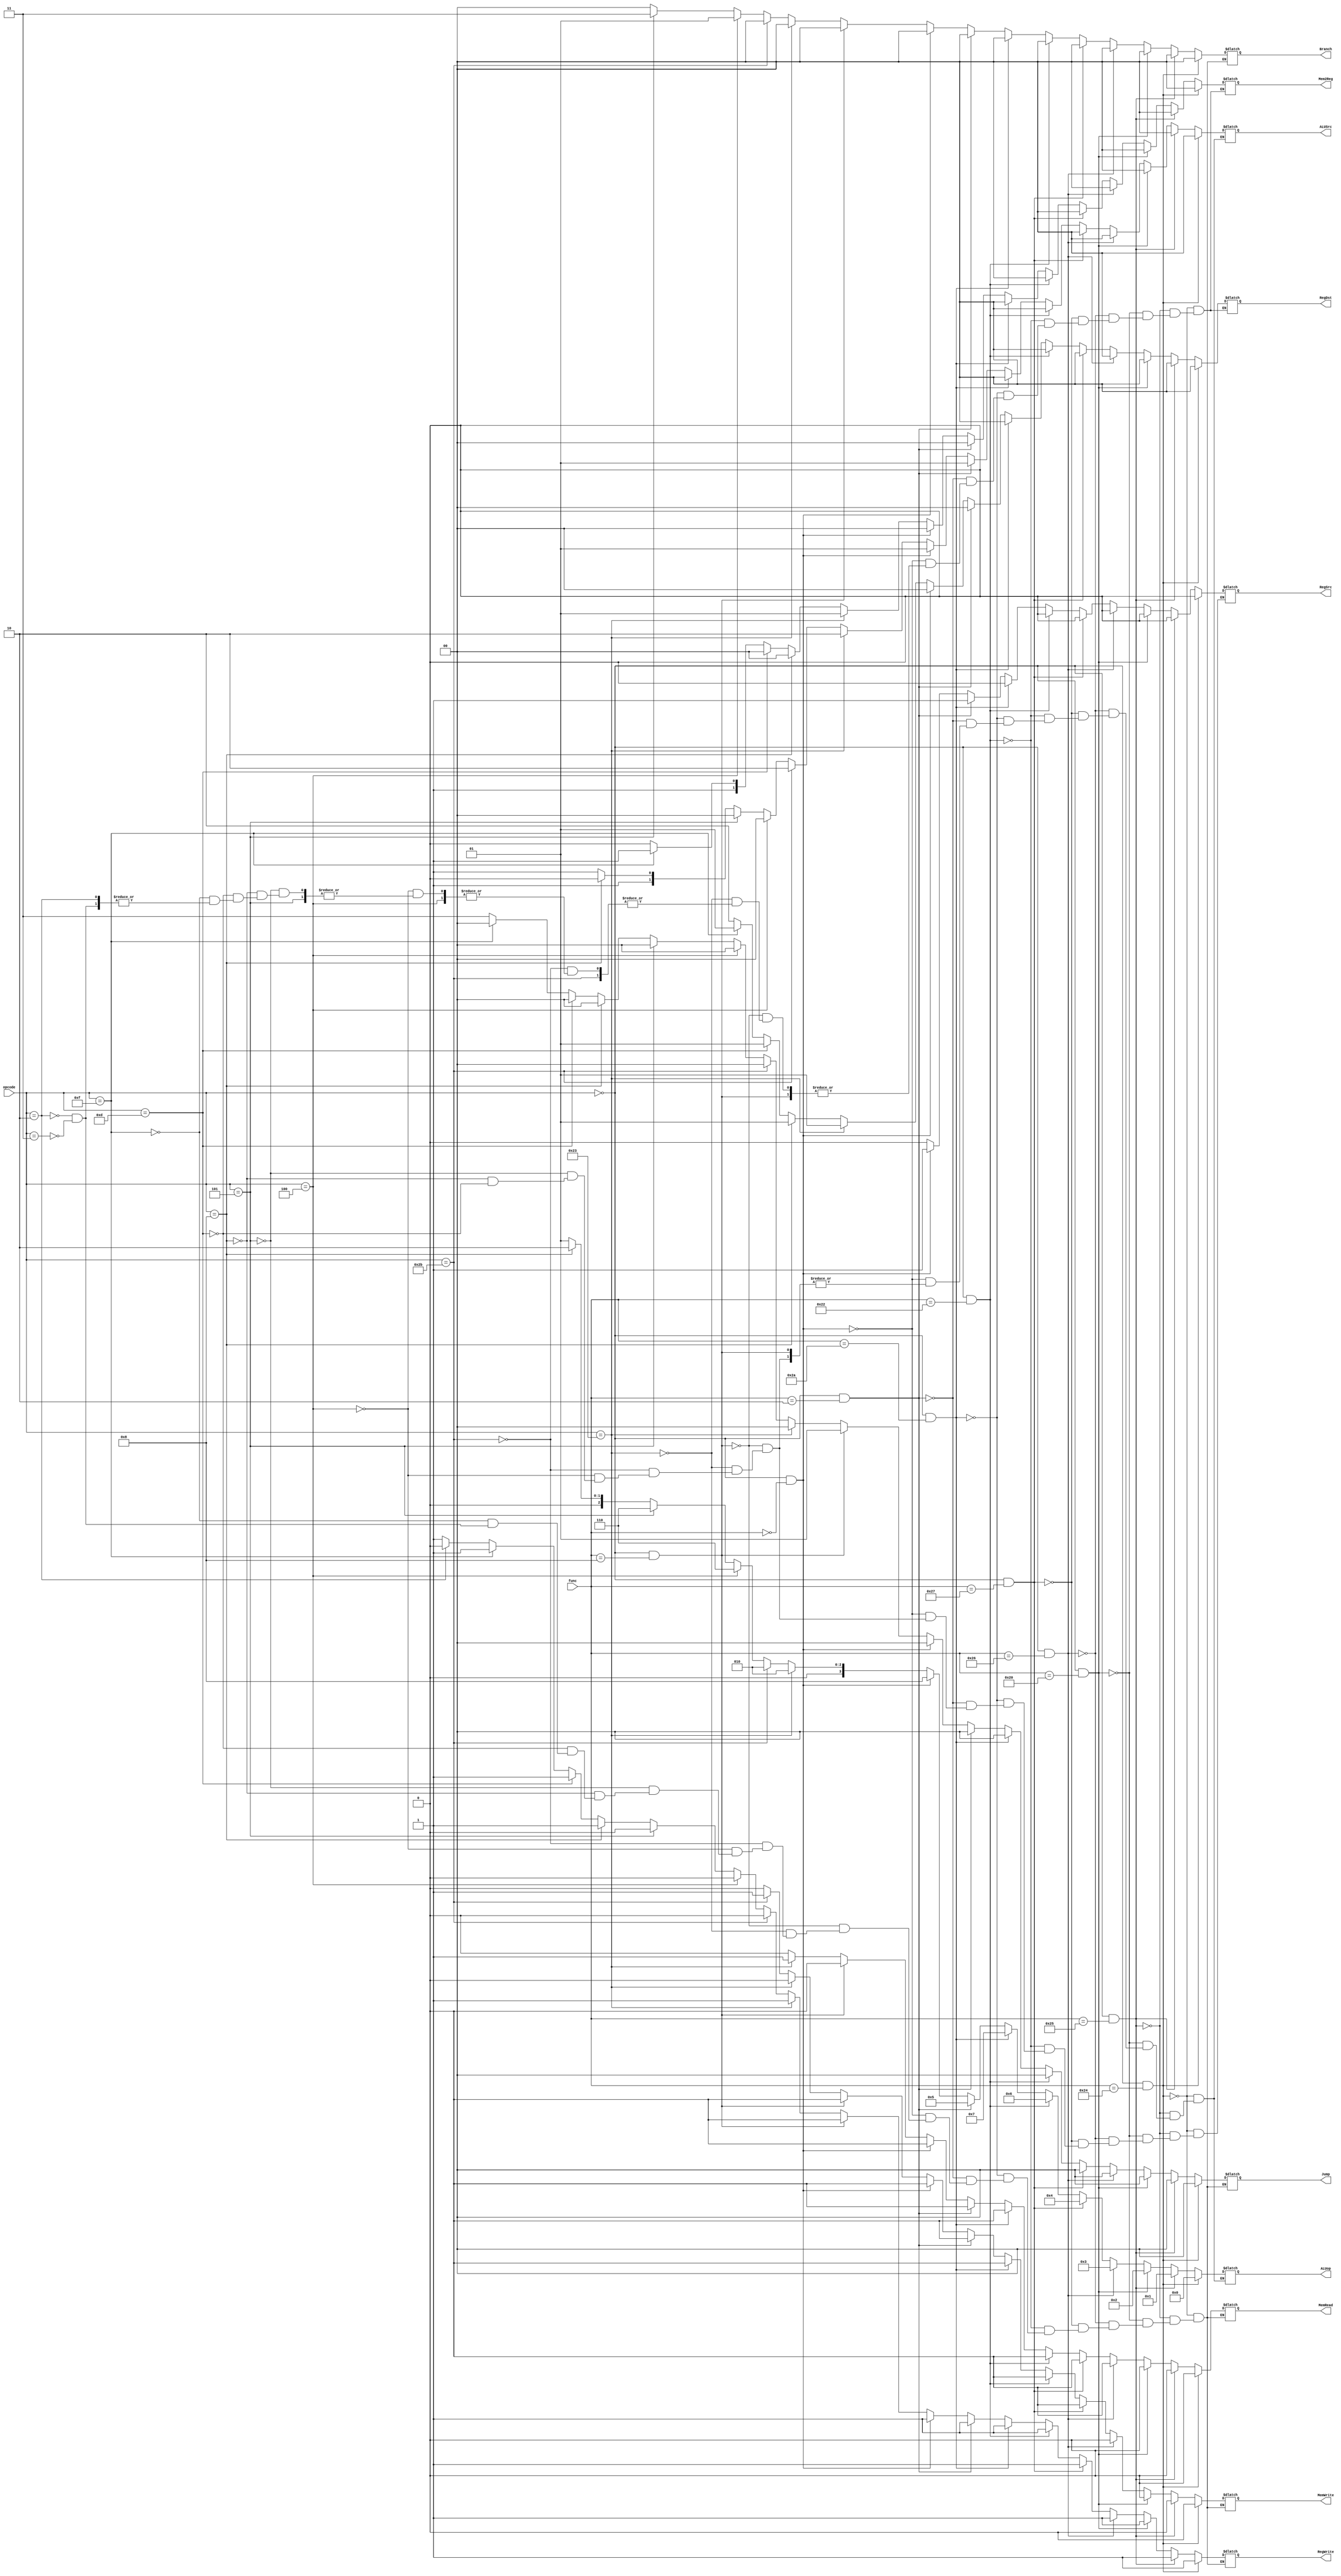
`timescale 1ns / 1ps
//////////////////////////////////////////////////////////////////////////////////
// Company: 
// Engineer: 
// 
// Design Name: 
// Module Name:    Control 
// Project Name: 
// Target Devices: 
// Tool versions: 
// Description: 
//
// Dependencies: 
//
// Revision: 
// Revision 0.01 - File Created
// Additional Comments: 
//
//////////////////////////////////////////////////////////////////////////////////
module Controller( input [5:0]opcode,
					 input [5:0]func,
					 output reg [1:0]RegDst,
					 output reg [1:0]Jump,
					 output reg [1:0]Branch,
					 output reg RegSrc,
					 output reg MemRead,
					 output reg [1:0]Mem2Reg,
					 output reg MemWrite,
					 output reg [1:0]ALUSrc,
					 output reg RegWrite,
					 output reg [3:0]ALUop
    );
	 
	 always@(*)
		if(opcode==6'b000000&&func==6'b100100)//and
		begin
			ALUop<=4'b0000; RegSrc<=1'b0; RegDst<=2'b00; Jump<=2'b00; Branch<=2'b00; 
			MemRead<=1'b0; Mem2Reg<=2'b00; MemWrite<= 1'b0; ALUSrc<=2'b00; RegWrite<=1'b1;
		end
		else if(opcode==6'b000000&&func==6'b100101)//or
		begin
			ALUop<=4'b0001; RegSrc<=1'b0; RegDst<=2'b00; Jump<=2'b00; Branch<=2'b00;
			MemRead<=1'b0; Mem2Reg<=2'b00; MemWrite<= 1'b0; ALUSrc<=2'b00; RegWrite<=1'b1;
		end
		else if(opcode==6'b000000&&func==6'b100000)//add
		begin
			ALUop<=4'b0010; RegSrc<=1'b0; RegDst<=2'b00; Jump<=2'b00; Branch<=2'b00; 
			MemRead<=1'b0; Mem2Reg<=2'b00; MemWrite<= 1'b0; ALUSrc<=2'b00; RegWrite<=1'b1;
		end
		else if(opcode==6'b000000&&func==6'b100110)//xor
		begin
			ALUop<=4'b0011; RegSrc<=1'b0; RegDst<=2'b00; Jump<=2'b00; Branch<=2'b00; 
			MemRead<=1'b0; Mem2Reg<=2'b00; MemWrite<= 1'b0; ALUSrc<=2'b00; RegWrite<=1'b1;
		end
		else if(opcode==6'b000000&&func==6'b100111)//nor
		begin
			ALUop<=4'b0100; RegSrc<=1'b0; RegDst<=2'b00; Jump<=2'b00; Branch<=2'b00; 
			MemRead<=1'b0; Mem2Reg<=2'b00; MemWrite<= 1'b0; ALUSrc<=2'b00; RegWrite<=1'b1;
		end
		else if(opcode==6'b000000&&func==6'b100010)//sub
		begin
			ALUop<=4'b0110; RegSrc<=1'b0; RegDst<=2'b00; Jump<=2'b00; Branch<=2'b00; 
			MemRead<=1'b0; Mem2Reg<=2'b00; MemWrite<= 1'b0; ALUSrc<=2'b00; RegWrite<=1'b1;
		end
		else if(opcode==6'b000000&&func==6'b101010)//slt
		begin
			ALUop<=4'b0111; RegSrc<=1'b0; RegDst<=2'b00; Jump<=2'b00; Branch<=2'b00; 
			MemRead<=1'b0; Mem2Reg<=2'b00; MemWrite<= 1'b0; ALUSrc<=2'b00; RegWrite<=1'b1;
		end
		else if(opcode==6'b000000&&func==6'b000010)//srl
		begin
			ALUop<=4'b0101; RegSrc<=1'b1; RegDst<=2'b00; Jump<=2'b00; Branch<=2'b00; 
			MemRead<=1'b0; Mem2Reg<=2'b00; MemWrite<=1'b0; ALUSrc<=2'b01; RegWrite<=1'b1;
		end
		else if(opcode==6'b000000&&func==6'b000000)//sll
		begin
			ALUop<=4'b1000; RegSrc<=1'b1; RegDst<=2'b00; Jump<=2'b00; Branch<=2'b00; 
			MemRead<=1'b0; Mem2Reg<=2'b00; MemWrite<= 1'b0; ALUSrc<=2'b01; RegWrite<=1'b1;
		end
		else if(opcode==6'b000000&&func==6'b001000)//jr
		begin
								RegSrc<=1'b0; 						Jump<=2'b01; Branch<=2'b00;				   
			MemRead<=1'b0; 						MemWrite<=1'b0; 					RegWrite<=1'b0;
		end
		else if(opcode==6'b100011)//lw
		begin
			ALUop<=4'b0010; RegSrc<=1'b0; RegDst<=2'b01; Jump<=2'b00; Branch<=2'b00; 
			MemRead<=1'b1; Mem2Reg<=2'b01; MemWrite<=1'b0; ALUSrc<=2'b10; RegWrite<=1'b1;
		end
		else if(opcode==6'b101011)//sw
		begin
			ALUop<=4'b0010; RegSrc<=1'b0; 					Jump<=2'b00; Branch<=2'b00; 
			MemRead<=1'b0; 						MemWrite<=1'b1; ALUSrc<=2'b10; RegWrite<=1'b0;			
		end
		else if(opcode==6'b000100)//beq
		begin
			ALUop<=4'b0110; RegSrc<=1'b0; 					Jump<=2'b00; Branch<=2'b01; 
			MemRead<=1'b0; 						MemWrite<= 1'b0; ALUSrc<=2'b00; RegWrite<=1'b0;
		end
		else if(opcode==6'b000101)//bne
		begin
			ALUop<=4'b0110; RegSrc<=1'b0; 					Jump<=2'b00; Branch<=2'b11; 
			MemRead<=1'b0; 						MemWrite<=1'b0; ALUSrc<=2'b00; RegWrite<=1'b0;
		end
		else if(opcode==6'b001000)//addi
		begin
			ALUop<=4'b0010; RegSrc<=1'b0; RegDst<=2'b01; Jump<=2'b00; Branch<=2'b00; 
			MemRead<=1'b0; Mem2Reg<=2'b00; MemWrite<=1'b0; ALUSrc<=2'b10; RegWrite<=1'b1;
		end
		else if(opcode==6'b001101)//ori
		begin
			ALUop<=4'b0001; RegSrc<=1'b0; RegDst<=2'b01; Jump<=2'b00; Branch<=2'b00; 
			MemRead<=1'b0; Mem2Reg<=2'b00; MemWrite<=1'b0; ALUSrc<=2'b11; RegWrite<=1'b1;
		end
		else if(opcode==6'b001111)//lui
		begin
													RegDst<=2'b01; Jump<=2'b00; Branch<=2'b00; 
			MemRead<=1'b0; Mem2Reg<=2'b11; MemWrite<=1'b0; 					RegWrite<=1'b1;			
		end
		else if(opcode==6'b000010)//j
		begin
																		Jump<=2'b11; Branch<=2'b00;				   
			MemRead<=1'b0; 					  MemWrite<=1'b0; 					RegWrite<=1'b0;
		end
		else if(opcode==6'b000011)//jal
		begin
													RegDst<=2'b10; Jump<=2'b11; Branch<=2'b00;					
			MemRead<=1'b0; Mem2Reg<=2'b10; MemWrite<=1'b0;						RegWrite<=1'b1;
		end
		
endmodule